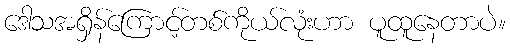
ဒေါသအရှိန်ကြောင့်တစ်ကိုယ်လုံးဟာ ပူထူနေတာပဲ။